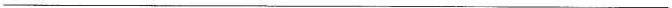
___